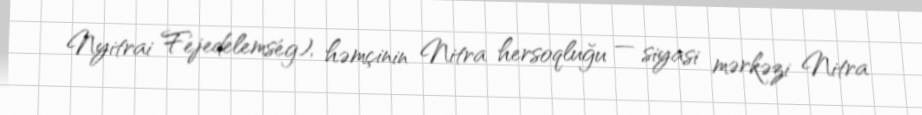
Nyitrai Fejedelemség), həmçinin Nitra hersoqluğu — siyasi mərkəzi Nitra